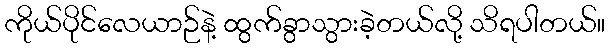
ကိုယ်ပိုင်လေယာဉ်နဲ့ ထွက်ခွာသွားခဲ့တယ်လို့ သိရပါတယ်။